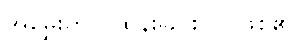
အမွှေးတိုင် ထွန်းခြင်းပင် ဖြစ်၏။